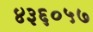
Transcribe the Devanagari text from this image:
४३६०५७